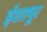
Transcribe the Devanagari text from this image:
ईशापूर